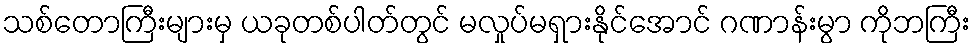
သစ်တောကြီးများမှ ယခုတစ်ပါတ်တွင် မလှုပ်မရှားနိုင်အောင် ဂဏာန်းမွာ ကိုဘကြီး